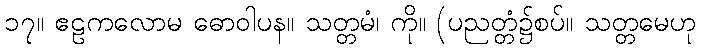
၁၇။ ဧဠကလောမ ဓောဝါပန။ သတ္တမံ၊ ကို။ (ပညတ္တံ၌စပ်။ သတ္တမေဟု